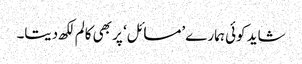
شاید کوئی ہمارے ’مسائل‘ پر بھی کالم لکھ دیتا۔